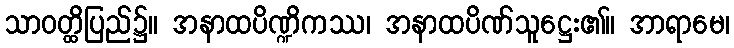
သာဝတ္ထိပြည်၌။ အနာထပိဏ္ဍိကဿ၊ အနာထပိဏ်သူဋ္ဌေး၏။ အာရာမေ၊